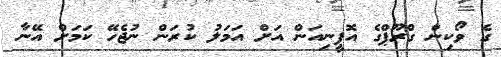
ގެ ވޯކިން ގްރޫޕްގެ އޮޕީނިއަން އަށް އަމަލު ކުރަން ނުޖެހޭ ކަމަށް އޭނާ